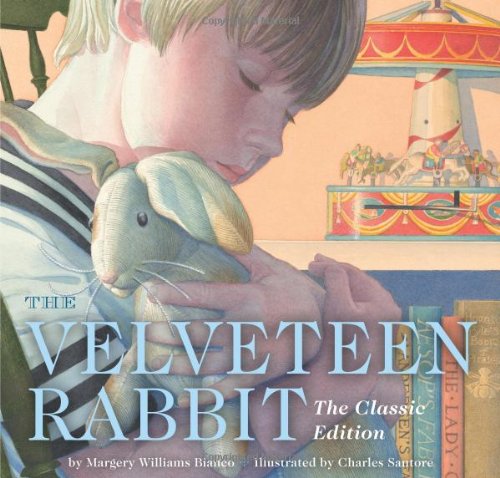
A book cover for The Velveteen Rabbit: Or How Toys Become Real (The Classic Edition); Children's Books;